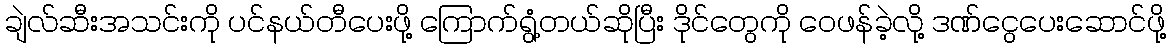
ချဲလ်ဆီးအသင်းကို ပင်နယ်တီပေးဖို့ ကြောက်ရွံ့တယ်ဆိုပြီး ဒိုင်တွေကို ဝေဖန်ခဲ့လို့ ဒဏ်ငွေပေးဆောင်ဖို့